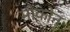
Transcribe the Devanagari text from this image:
मोकोन